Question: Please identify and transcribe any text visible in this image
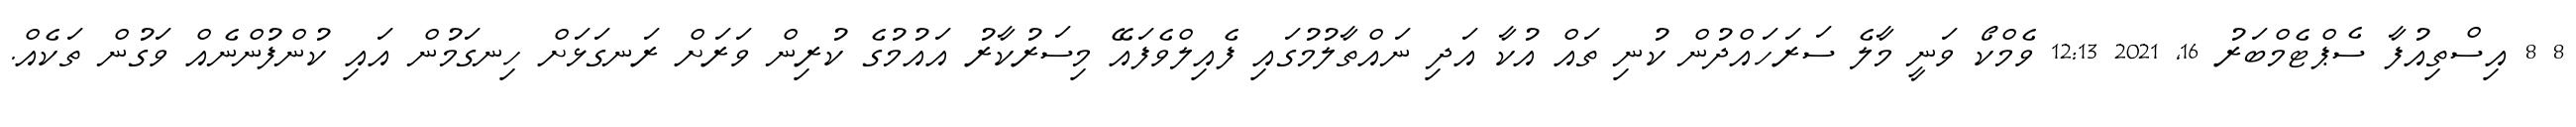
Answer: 8 8 އިސްތިއުފާ ސެޕްޓެމްބަރު 16, 2021 12:13 ވެމްކޯ ވަނީ މާލެ ސަރަހައްދުން ކުނި ތައް އުކާ އަދި ނައްތާލުމުގައި ފެއިލްވެފައޭ މިސަރުކާރު އައުމުގެ ކުރިން ވަރަށް ރަނގަޅަށް ހިނގަމުން އައި ކުންފުންނެއް ވަގުން ތަކެއް.